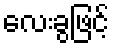
လေးခွဖြင့်